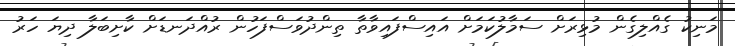
މަނިކު ގެއްލިގެން މުޅިރަށް ސަމާލުކަމަށް އައިސްފައިވާތާ ތިންދުވަސްފަހުން ރުއްދަނޑަށް ކާށިބަލާ ދިޔަ ހަރު